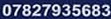
07827935683